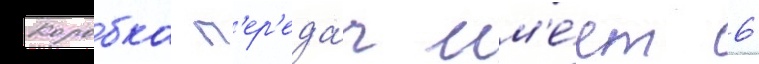
Коробка п'ер'еда́ч им'е́ет 6